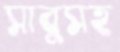
সাবুসহ